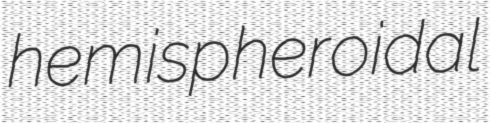
hemispheroidal